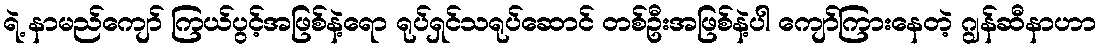
ရဲ့ နာမည်ကျော် ကြယ်ပွင့်အဖြစ်နဲ့ရော ရုပ်ရှင်သရုပ်ဆောင် တစ်ဦးအဖြစ်နဲ့ပါ ကျော်ကြားနေတဲ့ ဂျွန်ဆီနာဟာ